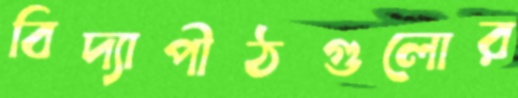
বিদ্যাপীঠগুলোর